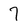
Character: 7